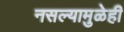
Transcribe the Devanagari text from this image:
नसल्यामुळेही